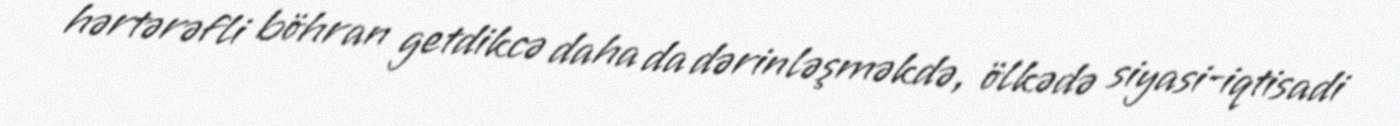
hərtərəfli böhran getdikcə daha da dərinləşməkdə, ölkədə siyasi-iqtisadi